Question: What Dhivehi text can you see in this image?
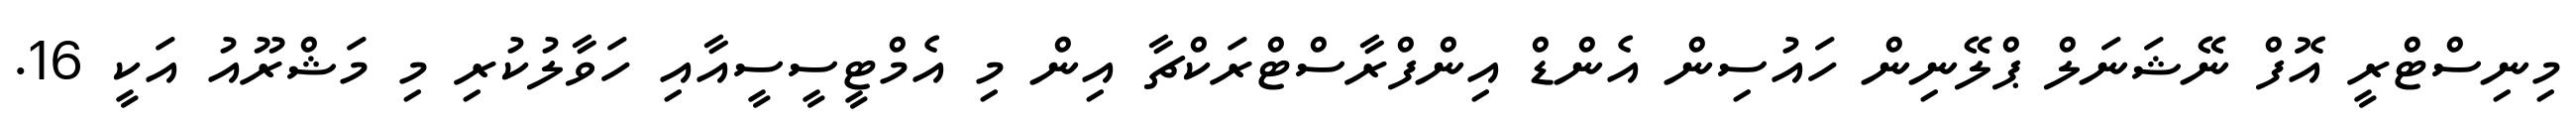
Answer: މިނިސްޓްރީ އޮފް ނޭޝަނަލް ޕްލޭނިން ހައުސިން އެންޑް އިންފްރާސްޓްރަކްޗާ އިން މި އެމްޓީސީސީއާއި ހަވާލުކުރި މި މަޝްރޫއު އަކީ 16.